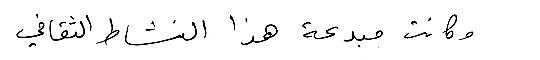
وكانت مبدعة هذا النشاط الثقافي